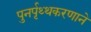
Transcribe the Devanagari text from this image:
पुनर्पृथ्थकरणाने